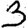
Digit: 3